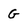
Character: G